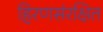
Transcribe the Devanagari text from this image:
हिरणसंरक्षित